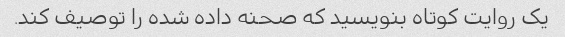
یک روایت کوتاه بنویسید که صحنه داده شده را توصیف کند.